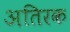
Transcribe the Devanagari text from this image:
अतिरक